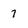
Character: 7